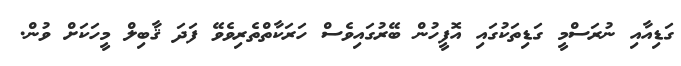
ގަޑިއާއި ނުރަސްމީ ގަޑިތަކުގައި އޮފީހުން ބޭރުގައިވެސް ހަރަކާތްތެރިވެވޭ ފަދަ ޤާބިލް މީހަކަށް ވުން.